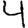
Digit: 4